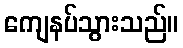
ကျေနပ်သွားသည်။